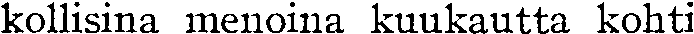
kollisina menoina kuukautta kohti